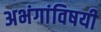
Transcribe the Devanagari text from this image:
अभंगांविषयी